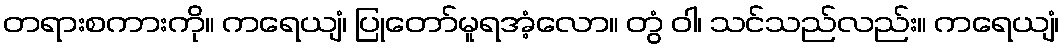
တရားစကားကို။ ကရေယျံ၊ ပြုတော်မူရအံ့လော။ တွံ ဝါ၊ သင်သည်လည်း။ ကရေယျံ၊